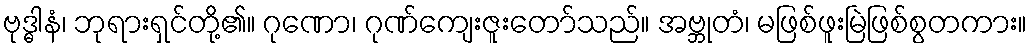
ဗုဒ္ဓါနံ၊ ဘုရားရှင်တို့၏။ ဂုဏော၊ ဂုဏ်ကျေးဇူးတော်သည်။ အဗ္ဘုတံ၊ မဖြစ်ဖူးမြဲဖြစ်စွတကား။